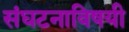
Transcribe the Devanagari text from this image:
संघटनाविषयी